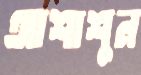
আশাশুন